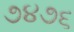
૭૪૭૬